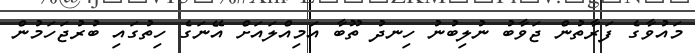
މައުވާގެ ފަރާތުން ޖަވާބު ނުލިބުނު ހިނދު ތޫބާ އަމިއްލައަށް އޭނަގެ ހިތުގައި ބުރުޖަހަމުން